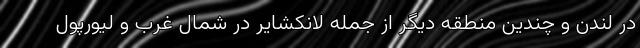
در لندن و چندین منطقه دیگر از جمله لانکشایر در شمال غرب و لیورپول